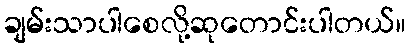
ချမ်းသာပါစေလို့ဆုတောင်းပါတယ်။